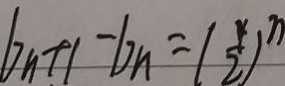
b _ { n + 1 } - b n = ( \frac { 4 } { 2 } ) ^ { n }